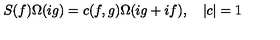
S ( f ) \Omega ( i g ) = c ( f , g ) \Omega ( i g + i f ) , \quad \left| c \right| = 1